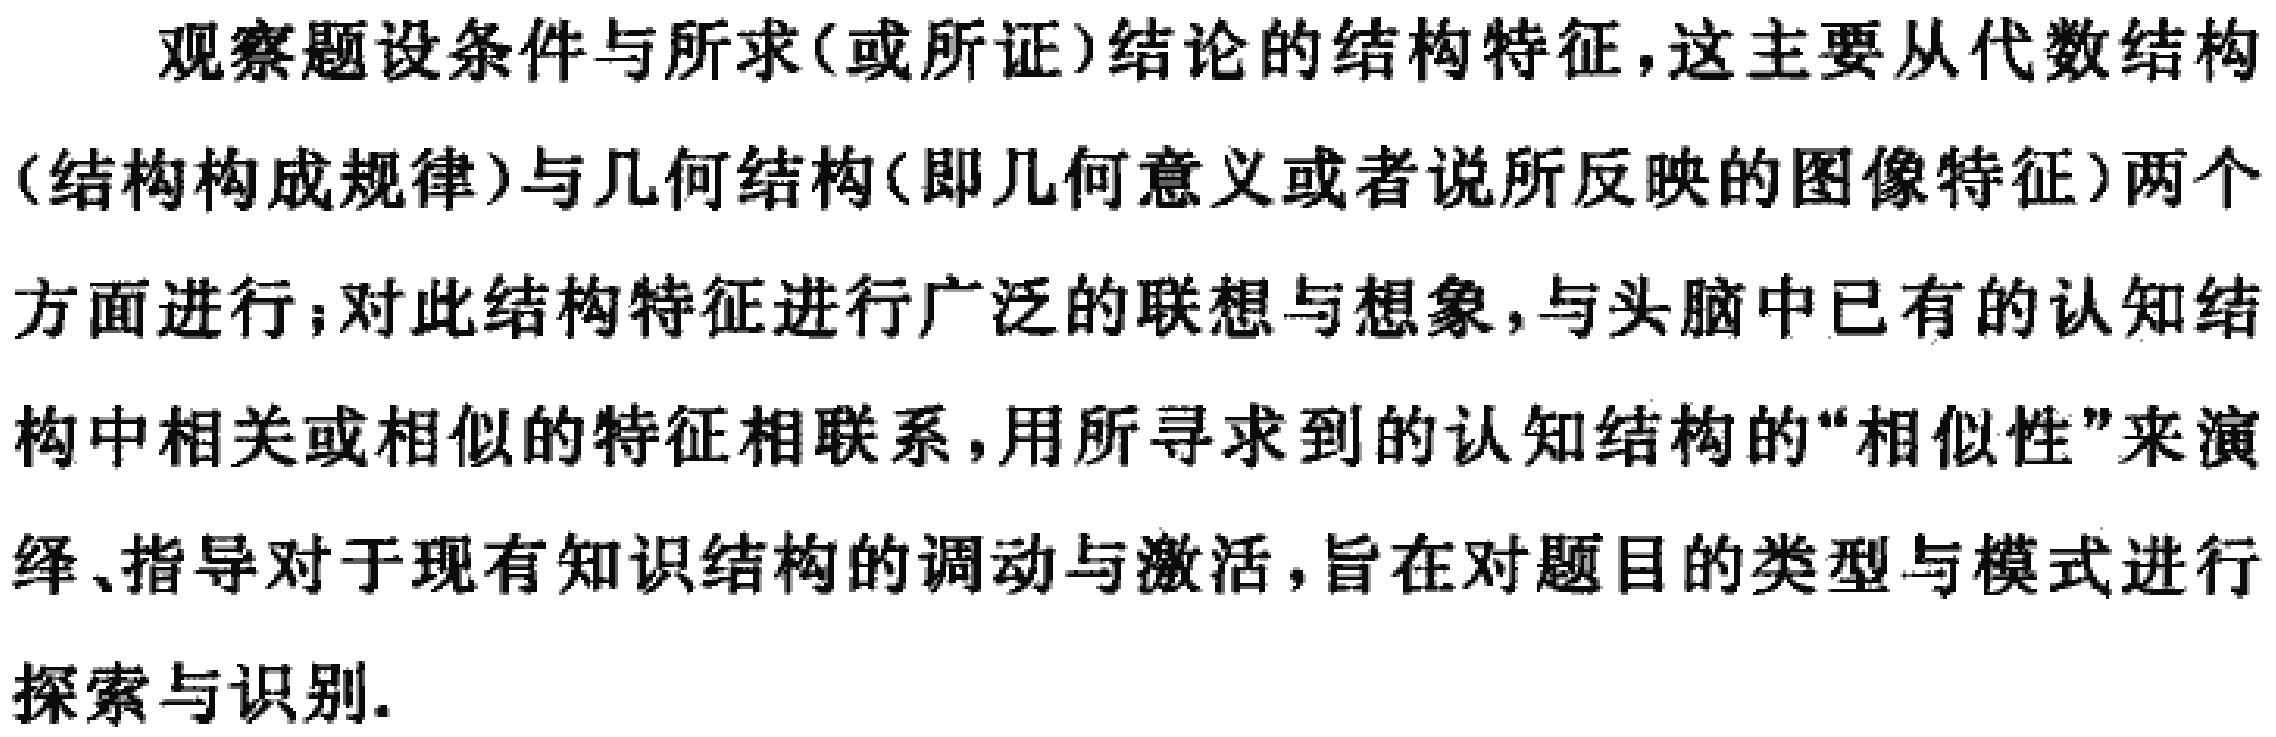
观察题设条件与所求(或所证)结论的结构特征，这主要从代数结构(结构构成规律)与几何结构(即几何意义或者说所反映的图像特征)两个方面进行;对此结构特征进行广泛的联想与想象，与头脑中已有的认知结构中相关或相似的特征相联系，用所寻求到的认知结构的“相似性”来演绎、指导对于现有知识结构的调动与激活，旨在对题目的类型与模式进行探索与识别.